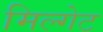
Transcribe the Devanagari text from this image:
मिल्गेट